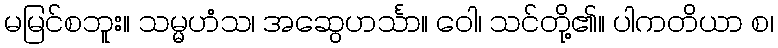
မမြင်စဘူး။ သမ္မဟံသ၊ အဆွေဟင်္သာ။ ဝေါ၊ သင်တို့၏။ ပါကတိယာ စ၊